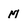
Character: m